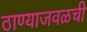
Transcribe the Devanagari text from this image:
ठाण्याजवळची